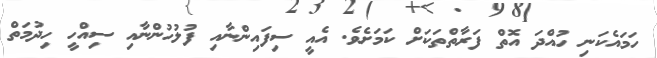
ހަމައެެކަނި ހުއްދަ އޮތް ފަރާތްތަކަށް ކަމަށެވެ. އެއީ ސިފައިންނާއި ފުލުހުންނާއި ސިއްހީ ހިދުމަތް